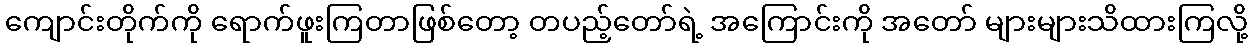
ကျောင်းတိုက်ကို ရောက်ဖူးကြတာဖြစ်တော့ တပည့်တော်ရဲ့ အကြောင်းကို အတော် များများသိထားကြလို့